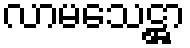
လာမသေဋ္ဌာ